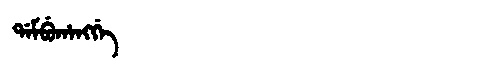
Manchu: ᡩᠠᠮᠪᡠᡥᠠᠩᡤᡝ
Romanization: DAMBUHANGGE